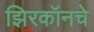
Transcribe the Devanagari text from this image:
झिरकॉनचे